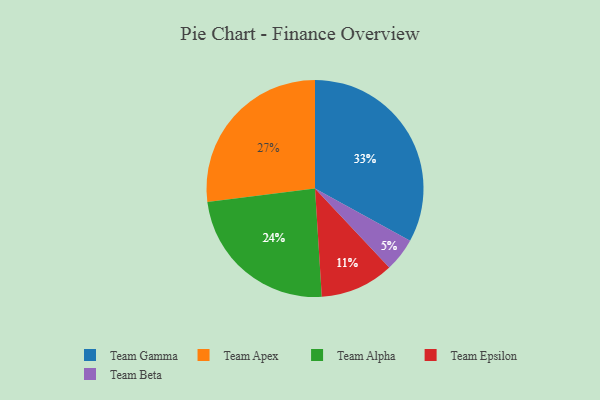
{"axis": {"x": "Category", "y": "Percentage"}, "legend": ["Team Alpha", "Team Apex", "Team Beta", "Team Epsilon", "Team Gamma"], "data": [{"x": "Team Apex", "y": 27, "type": "Team Apex"}, {"x": "Team Epsilon", "y": 11, "type": "Team Epsilon"}, {"x": "Team Alpha", "y": 24, "type": "Team Alpha"}, {"x": "Team Beta", "y": 5, "type": "Team Beta"}, {"x": "Team Gamma", "y": 33, "type": "Team Gamma"}]}